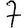
Digit: 7